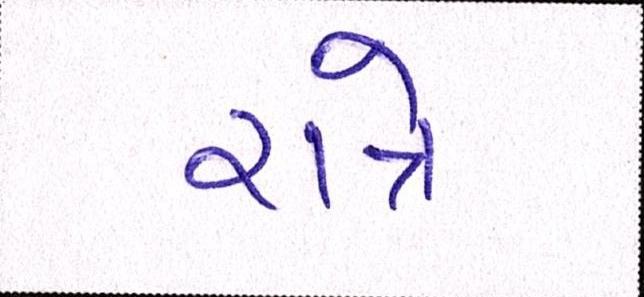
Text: રાત્રે